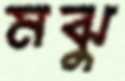
মঝুু